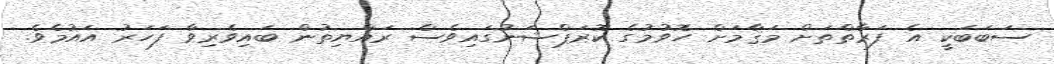
ސަބަބަކީ އެ ފަރާތްތަށް މަޤާމަށް ހޮވުމުގެ ކޮރަޕްޝަނުގައިވެސް ރައްޔިތުން ބައިވެރިވާ ފަހަރު އައުމެވެ.